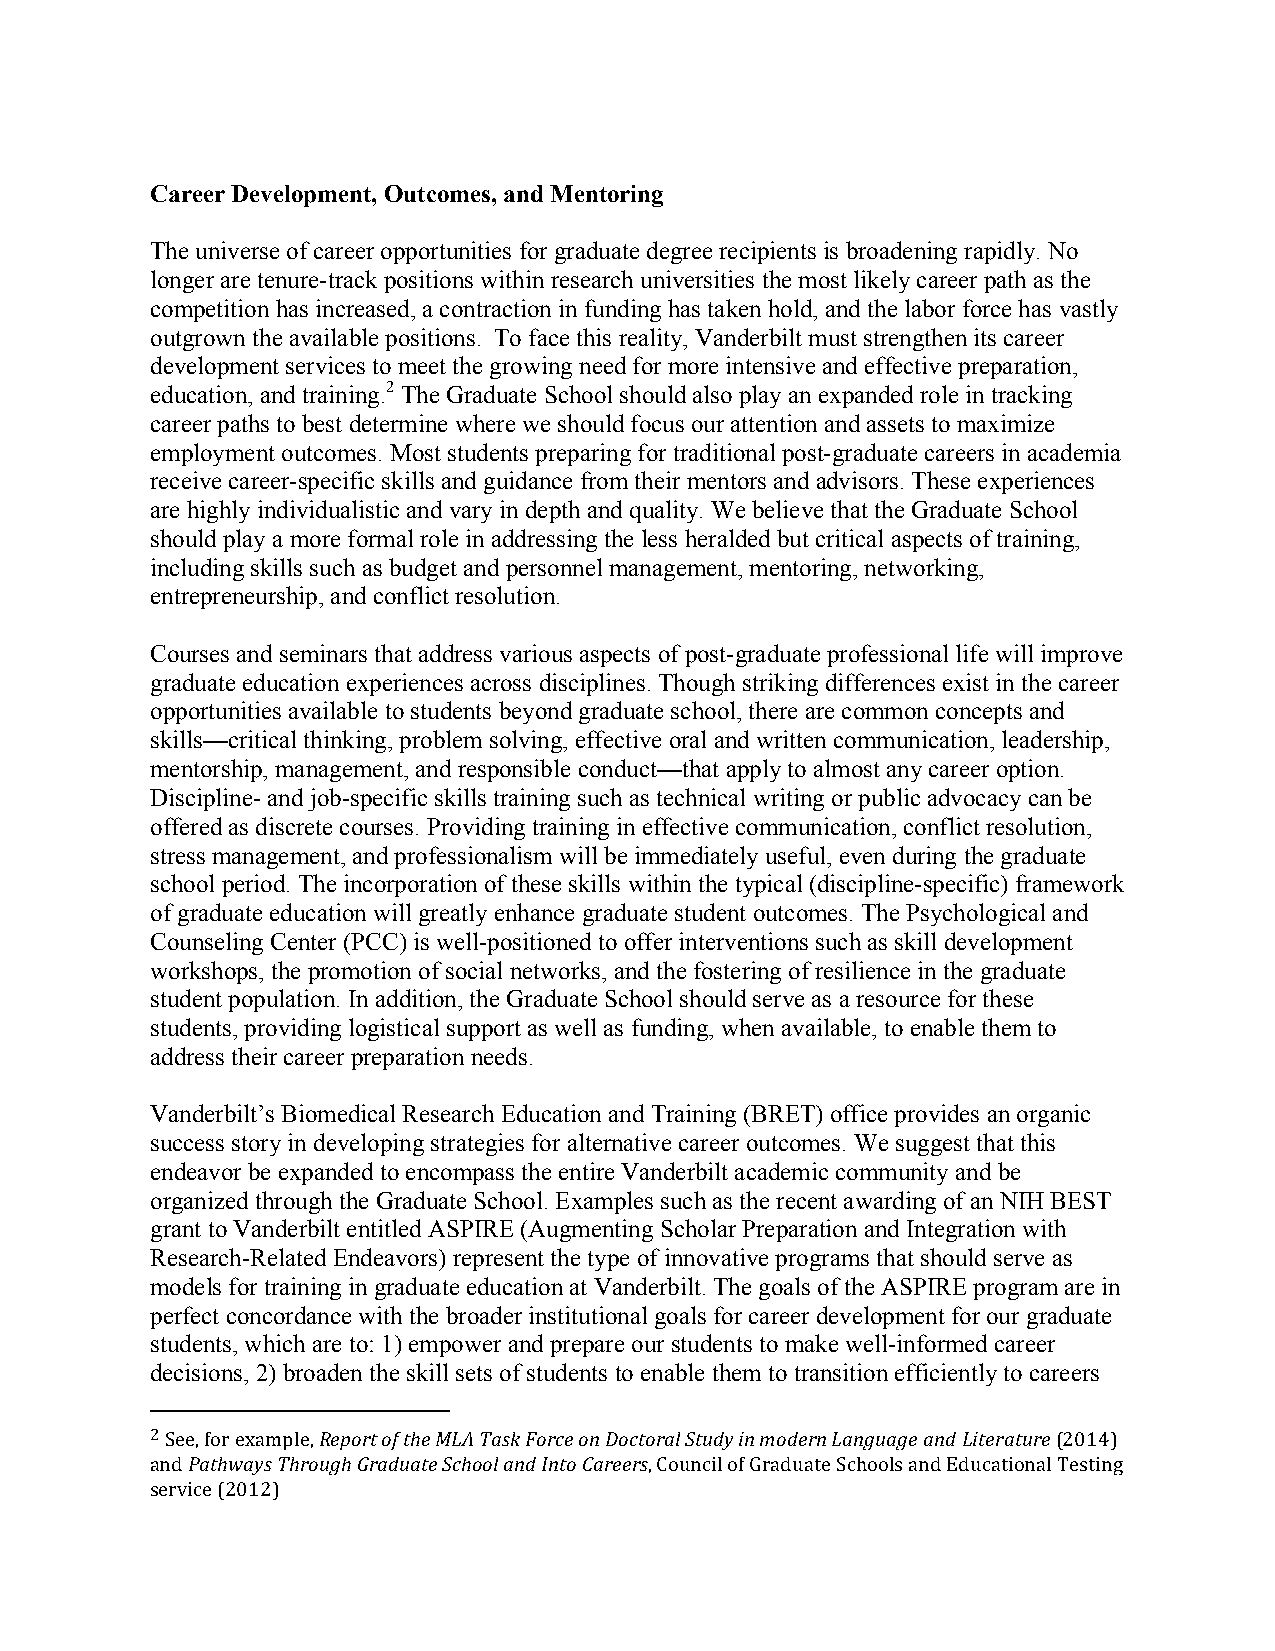
Career Development, Outcomes, and Mentoring
 The universe of career opportunities for graduate degree recipients is broadening rapidly. No
 longer are tenure-track positions within research universities the most likely career path as the
 competition has increased, a contraction in funding has taken hold, and the labor force has vastly
 outgrown the available positions. To face this reality, Vanderbilt must strengthen its career
 development services to meet the growing need for more intensive and effective preparation,
 education, and training.2 The Graduate School should also play an expanded role in tracking
 career paths to best determine where we should focus our attention and assets to maximize
 employment outcomes. Most students preparing for traditional post-graduate careers in academia
 receive career-specific skills and guidance from their mentors and advisors. These experiences
 are highly individualistic and vary in depth and quality. We believe that the Graduate School
 should play a more formal role in addressing the less heralded but critical aspects of training,
 including skills such as budget and personnel management, mentoring, networking,
 entrepreneurship, and conflict resolution.
 Courses and seminars that address various aspects of post-graduate professional life will improve
 graduate education experiences across disciplines. Though striking differences exist in the career
 opportunities available to students beyond graduate school, there are common concepts and
 skills—critical thinking, problem solving, effective oral and written communication, leadership,
 mentorship, management, and responsible conduct—that apply to almost any career option.
 Discipline- and job-specific skills training such as technical writing or public advocacy can be
 offered as discrete courses. Providing training in effective communication, conflict resolution,
 stress management, and professionalism will be immediately useful, even during the graduate
 school period. The incorporation of these skills within the typical (discipline-specific) framework
 of graduate education will greatly enhance graduate student outcomes. The Psychological and
 Counseling Center (PCC) is well-positioned to offer interventions such as skill development
 workshops, the promotion of social networks, and the fostering of resilience in the graduate
 student population. In addition, the Graduate School should serve as a resource for these
 students, providing logistical support as well as funding, when available, to enable them to
 address their career preparation needs.
 Vanderbilt’s Biomedical Research Education and Training (BRET) office provides an organic
 success story in developing strategies for alternative career outcomes. We suggest that this
 endeavor be expanded to encompass the entire Vanderbilt academic community and be
 organized through the Graduate School. Examples such as the recent awarding of an NIH BEST
 grant to Vanderbilt entitled ASPIRE (Augmenting Scholar Preparation and Integration with
 Research-Related Endeavors) represent the type of innovative programs that should serve as
 models for training in graduate education at Vanderbilt. The goals of the ASPIRE program are in
 perfect concordance with the broader institutional goals for career development for our graduate
 students, which are to: 1) empower and prepare our students to make well-informed career
 decisions, 2) broaden the skill sets of students to enable them to transition efficiently to careers
 2 See, for example, Report of the MLA Task Force on Doctoral Study in modern Language and Literature (2014)
 and Pathways Through Graduate School and Into Careers, Council of Graduate Schools and Educational Testing
 service (2012)